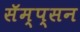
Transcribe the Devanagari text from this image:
सॅम्प्सन